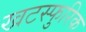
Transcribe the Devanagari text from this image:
खटस्फुरिक